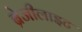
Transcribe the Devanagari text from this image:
ब्रेजीलाइट